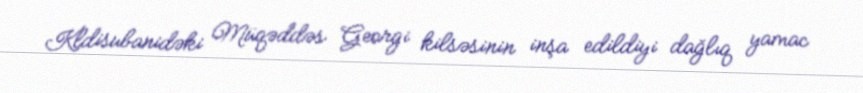
Kldisubanidəki Müqəddəs Georgi kilsəsinin inşa edildiyi dağlıq yamac